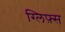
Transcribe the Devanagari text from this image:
ग्लिफ़्स